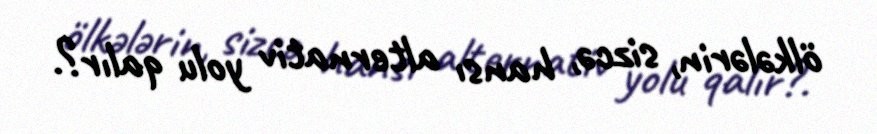
ölkələrin, sizcə, hansı alternativ yolu qalır?.